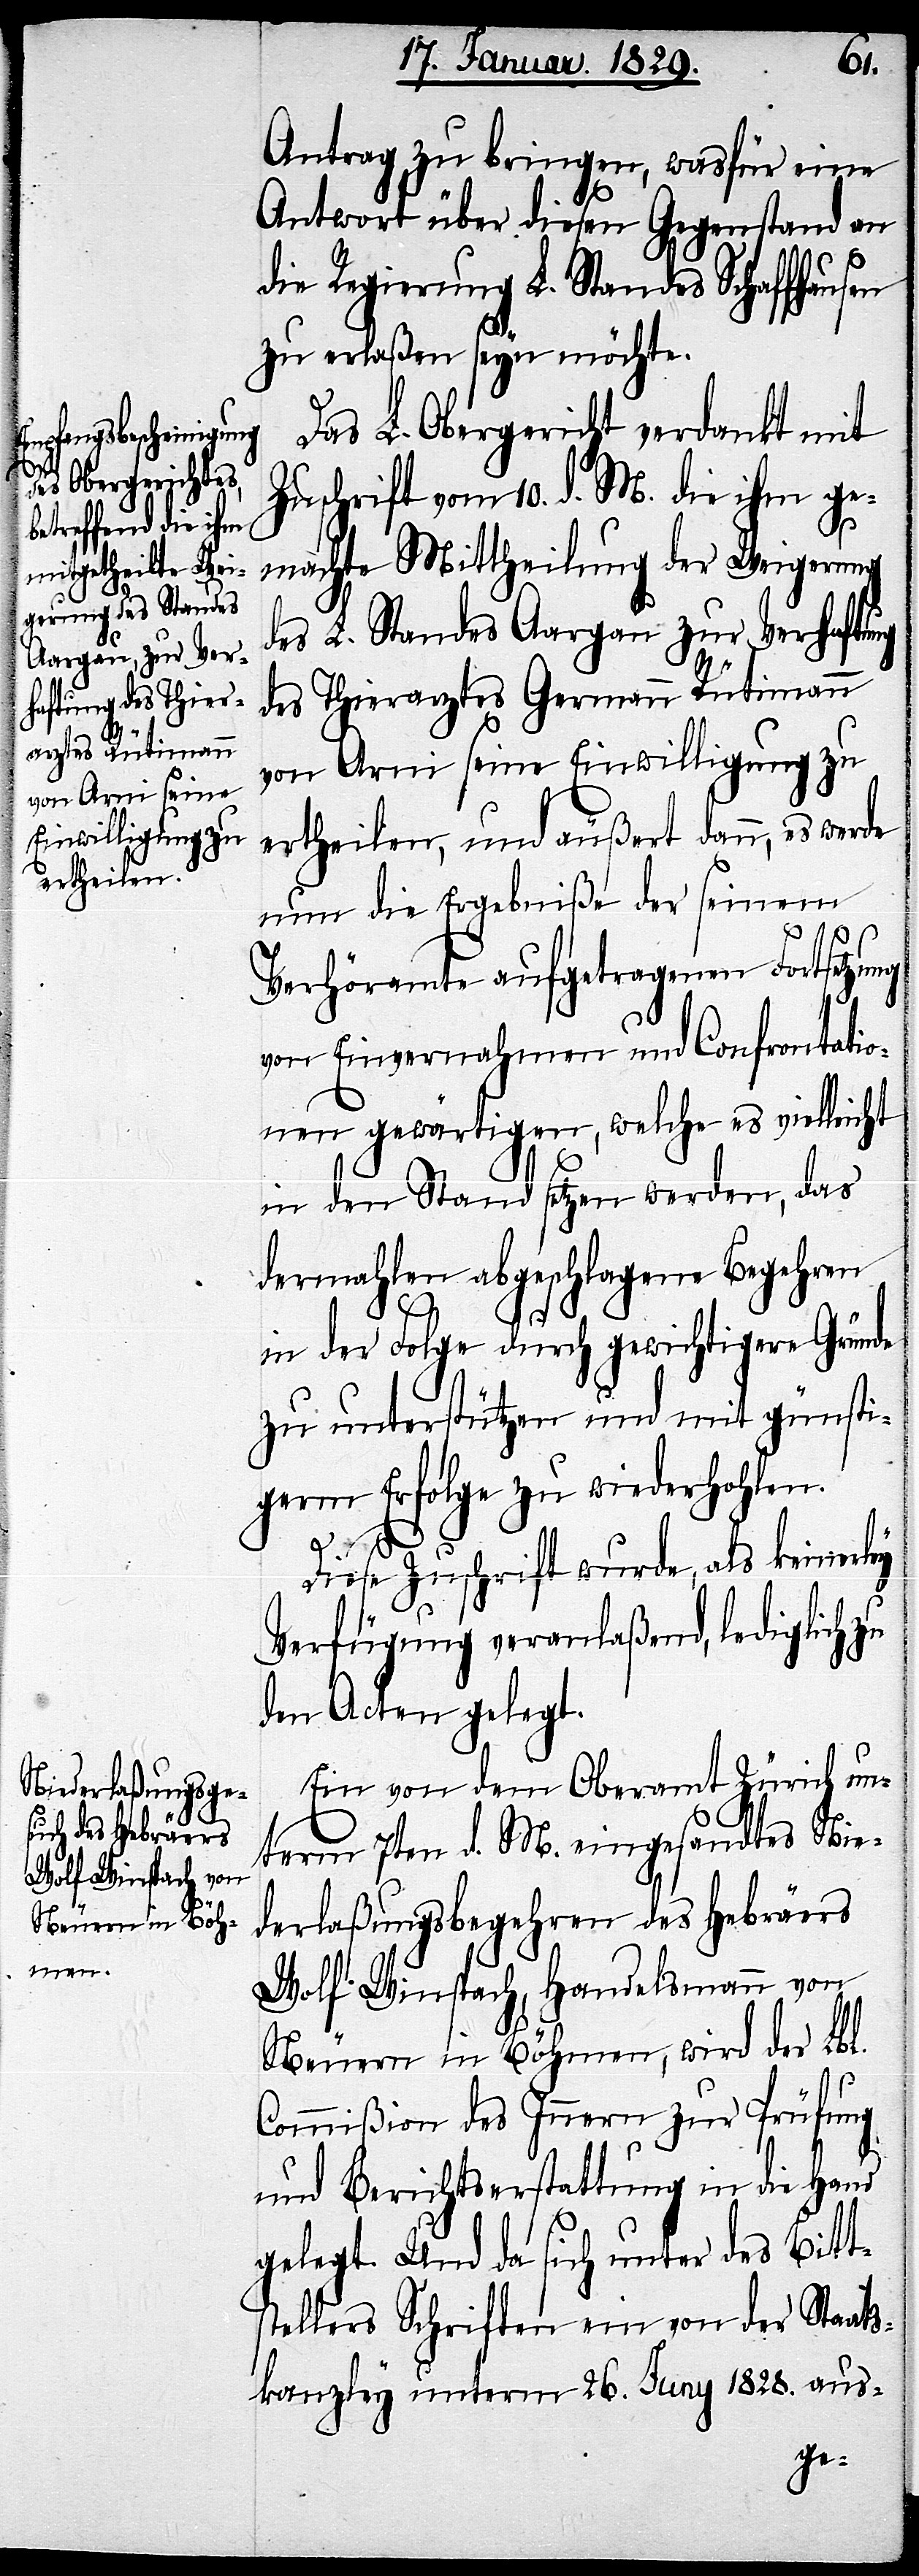
Antrag zu bringen, wasfür eine
Antwort über diesen Gegenstand an
die Regierung L. Standes Schaffhausen
zu erlaßen seyn möchte.
Das L. Obergericht verdankt mit
Zuschrift vom 10. d. M. die ihm ge¬
machte Mittheilung der Weigerung
des L. Standes Aargau zur Verhaftung
des Thierarztes Germann Rütimann
von Arni seine Einwilligung zu
ertheilen, und äußert dann, es werde
nun die Ergebniße der seinem
Verhöramte aufgetragenen Fortsetzung
von Einvernahmen und Confrontatio¬
nen gewärtigen, welche es vielleicht
in den Stand setzen werden, das
dermahlen abgeschlagene Begehren
in der Folge durch gewichtigere Gründe
zu unterstützen und mit günsti¬
germ Erfolge zu wiederholen.
Diese Zuschrift wurde, als keinerley
Verfügung veranlaßend, lediglich zu
den Acten gelegt.
Ein von dem Oberamt Zürich un¬
term 7ten d. M. eingesandtes Nie¬
derlaßungsbegehren des Hebräers
Wolf Winspach, Handelsmann von
Neuern in Böhmen, wird der Lbl.
Commißion des Innern zur Prüfung
gelegt. Und da sich unter des Bitt¬
stellers Schriften ein von der Staats¬
kanzley unterm 26. Juny 1828. aus-